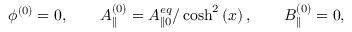
\phi ^ { ( 0 ) } = 0 , \quad \quad A _ { \parallel } ^ { ( 0 ) } = A _ { \parallel 0 } ^ { e q } / \cosh ^ { 2 } \left( x \right) , \quad \quad B _ { \parallel } ^ { ( 0 ) } = 0 ,